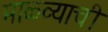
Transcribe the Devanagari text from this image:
माळव्याची